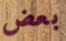
بعض